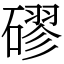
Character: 磟